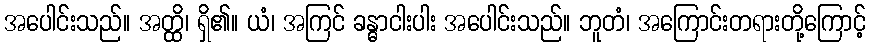
အပေါင်းသည်။ အတ္ထိ၊ ရှိ၏။ ယံ၊ အကြင် ခန္ဓာငါးပါး အပေါင်းသည်။ ဘူတံ၊ အကြောင်းတရားတို့ကြောင့်